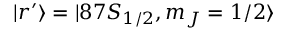
| r ^ { \prime } \rangle = | 8 7 S _ { 1 / 2 } , m _ { J } = 1 / 2 \rangle